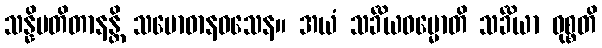
သန္နိပတိတာနန္တိ သမောဓာနဝသေန။ အယံ သင်္ခိယဓမ္မောတိ သင်္ခိယာ ဝုစ္စတိ